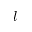
l